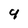
Character: 4